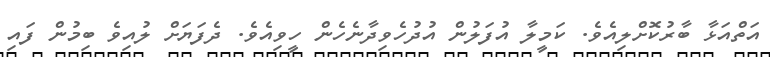
އަތްއަޅާ ބާރުކޮށްލިއެވެ. ކަމީލާ އުފަލުން އުދުހެވިދާނެހެން ހީވިއެވެ. ދެފަޔަށް ލުއިވެ ބިމުން ފައި